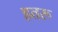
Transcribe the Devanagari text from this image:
हतरू